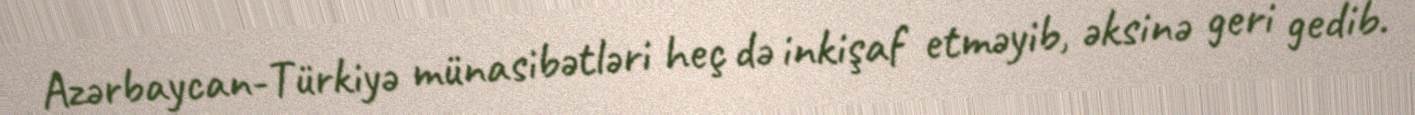
Azərbaycan-Türkiyə münasibətləri heç də inkişaf etməyib, əksinə geri gedib.